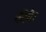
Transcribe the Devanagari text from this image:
कीबैर